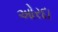
ઓરદા